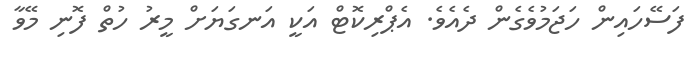
ފަސޭހައިން ހަޖަމުވެގެން ދެއެވެ. އެޕްރިކޮޓް އަކީ އަނގަޔަށް މީރު ހުތް ފޮނި މޭވާ